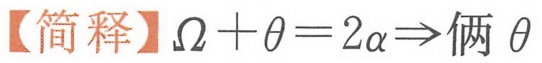
【简释】\(\Omega+\theta = 2\alpha\Rightarrow\)俩\(\theta\)